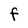
Character: F